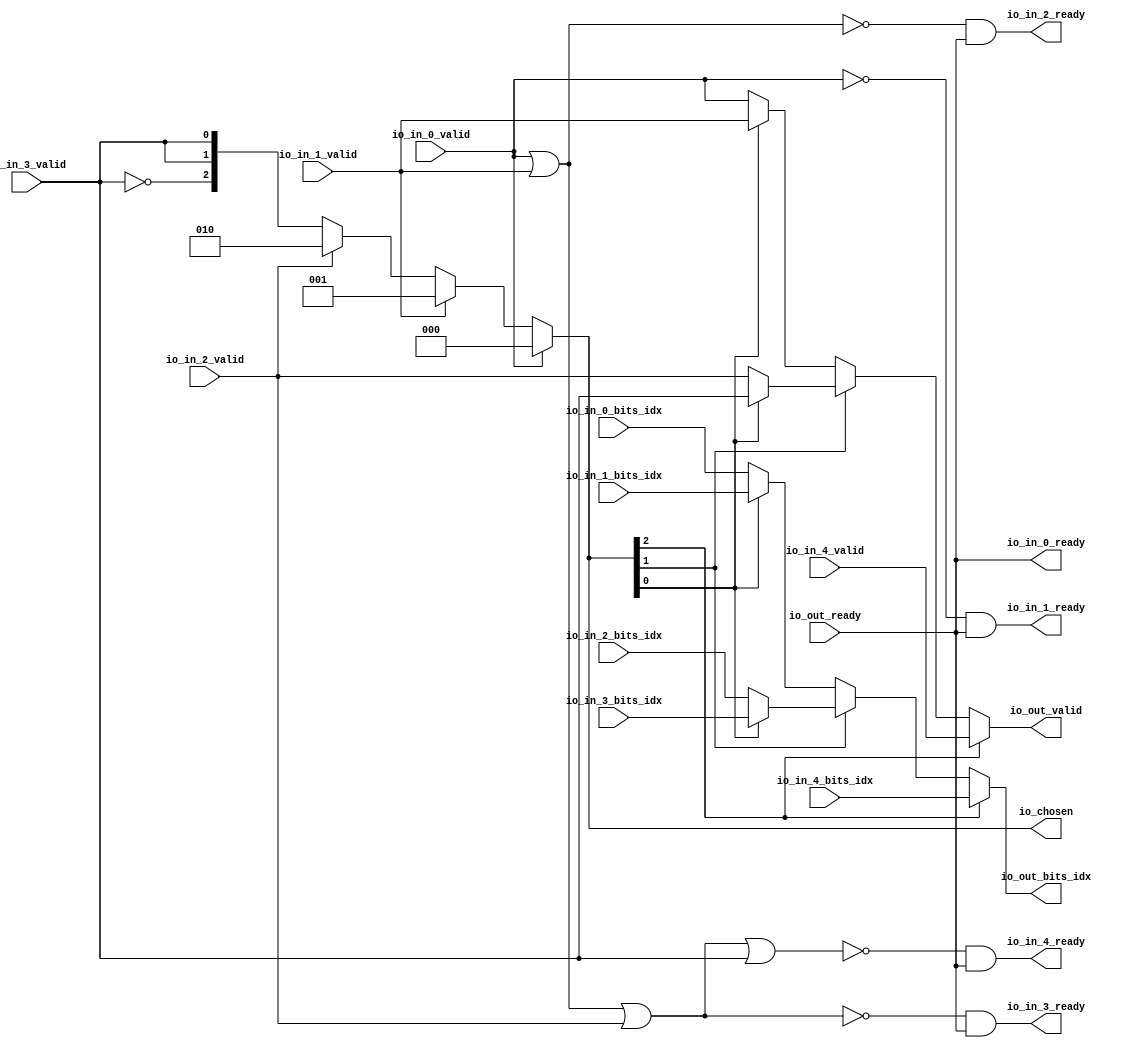
module Arbiter_0
(
  io_in_4_ready,
  io_in_4_valid,
  io_in_4_bits_idx,
  io_in_3_ready,
  io_in_3_valid,
  io_in_3_bits_idx,
  io_in_2_ready,
  io_in_2_valid,
  io_in_2_bits_idx,
  io_in_1_ready,
  io_in_1_valid,
  io_in_1_bits_idx,
  io_in_0_ready,
  io_in_0_valid,
  io_in_0_bits_idx,
  io_out_ready,
  io_out_valid,
  io_out_bits_idx,
  io_chosen
);

  input [5:0] io_in_4_bits_idx;
  input [5:0] io_in_3_bits_idx;
  input [5:0] io_in_2_bits_idx;
  input [5:0] io_in_1_bits_idx;
  input [5:0] io_in_0_bits_idx;
  output [5:0] io_out_bits_idx;
  output [2:0] io_chosen;
  input io_in_4_valid;
  input io_in_3_valid;
  input io_in_2_valid;
  input io_in_1_valid;
  input io_in_0_valid;
  input io_out_ready;
  output io_in_4_ready;
  output io_in_3_ready;
  output io_in_2_ready;
  output io_in_1_ready;
  output io_in_0_ready;
  output io_out_valid;
  wire [5:0] io_out_bits_idx,T4,T8,T5;
  wire [2:0] io_chosen,T0,T1;
  wire io_in_4_ready,io_in_3_ready,io_in_2_ready,io_in_1_ready,io_in_0_ready,
  io_out_valid,N0,N1,N2,N3,N4,N5,N6,N7,N8,N9,N10,N11,io_out_ready,N12,N13,N14,N15,N16,N17,
  N18,T13,T16,T14,T21,T23,T24,T26,T27,T28,T30,T31,T32,T33;
  wire [2:1] T2;
  assign io_in_0_ready = io_out_ready;
  assign io_chosen = (N0)? { 1'b0, 1'b0, 1'b0 } : 
                     (N1)? T0 : 1'b0;
  assign N0 = io_in_0_valid;
  assign N1 = N12;
  assign T0 = (N2)? { 1'b0, 1'b0, 1'b1 } : 
              (N3)? T1 : 1'b0;
  assign N2 = io_in_1_valid;
  assign N3 = N13;
  assign T1 = (N4)? { 1'b0, 1'b1, 1'b0 } : 
              (N5)? { T2, T2[1:1] } : 1'b0;
  assign N4 = io_in_2_valid;
  assign N5 = N14;
  assign io_out_bits_idx = (N6)? io_in_4_bits_idx : 
                           (N7)? T4 : 1'b0;
  assign N6 = io_chosen[2];
  assign N7 = N16;
  assign T4 = (N8)? T8 : 
              (N9)? T5 : 1'b0;
  assign N8 = io_chosen[1];
  assign N9 = N17;
  assign T5 = (N10)? io_in_1_bits_idx : 
              (N11)? io_in_0_bits_idx : 1'b0;
  assign N10 = io_chosen[0];
  assign N11 = N18;
  assign T8 = (N10)? io_in_3_bits_idx : 
              (N11)? io_in_2_bits_idx : 1'b0;
  assign io_out_valid = (N6)? io_in_4_valid : 
                        (N7)? T13 : 1'b0;
  assign T13 = (N8)? T16 : 
               (N9)? T14 : 1'b0;
  assign T14 = (N10)? io_in_1_valid : 
               (N11)? io_in_0_valid : 1'b0;
  assign T16 = (N10)? io_in_3_valid : 
               (N11)? io_in_2_valid : 1'b0;
  assign N12 = ~io_in_0_valid;
  assign N13 = ~io_in_1_valid;
  assign N14 = ~io_in_2_valid;
  assign N15 = ~io_in_3_valid;
  assign T2[1] = io_in_3_valid;
  assign T2[2] = N15;
  assign N16 = ~io_chosen[2];
  assign N17 = ~io_chosen[1];
  assign N18 = ~io_chosen[0];
  assign io_in_1_ready = T21 & io_out_ready;
  assign T21 = ~io_in_0_valid;
  assign io_in_2_ready = T23 & io_out_ready;
  assign T23 = ~T24;
  assign T24 = io_in_0_valid | io_in_1_valid;
  assign io_in_3_ready = T26 & io_out_ready;
  assign T26 = ~T27;
  assign T27 = T28 | io_in_2_valid;
  assign T28 = io_in_0_valid | io_in_1_valid;
  assign io_in_4_ready = T30 & io_out_ready;
  assign T30 = ~T31;
  assign T31 = T32 | io_in_3_valid;
  assign T32 = T33 | io_in_2_valid;
  assign T33 = io_in_0_valid | io_in_1_valid;

endmodule